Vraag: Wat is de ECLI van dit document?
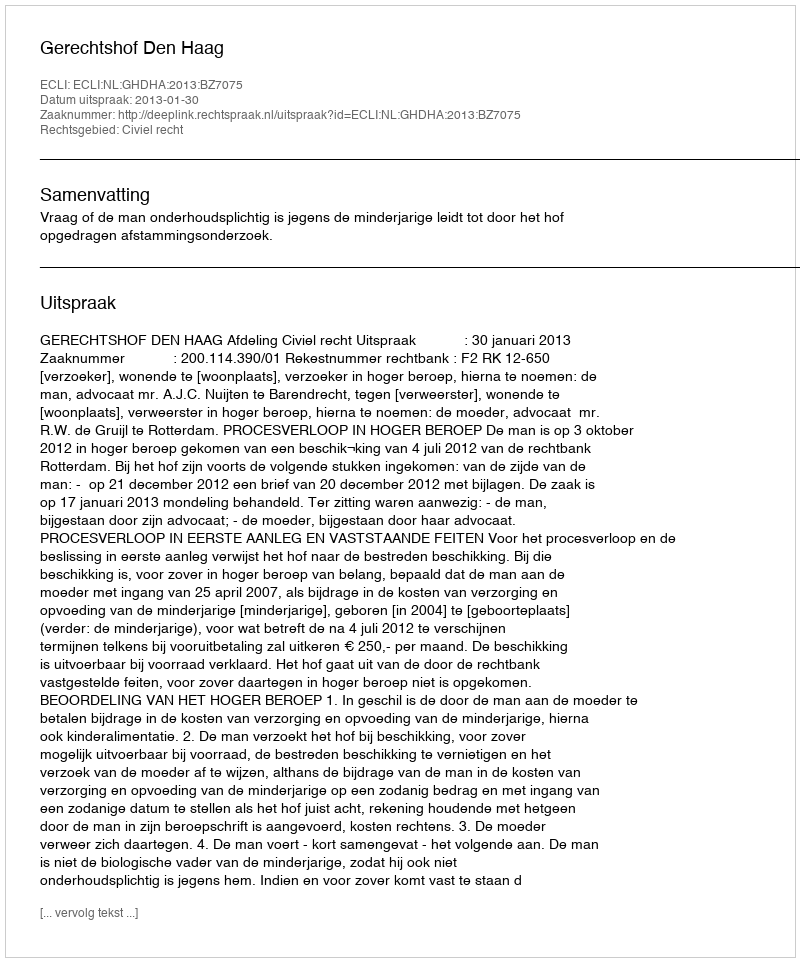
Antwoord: ECLI:NL:GHDHA:2013:BZ7075